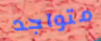
متواجد